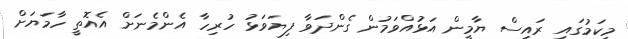
މިކަމުގައި ރައިސް ޔާމީން އަޅުއްވަމުން ގެންދަވާ ފިޔަވަޅު ހުރިހާ އެންމެނަށް އެއޮތީ ހާމަޔަށް